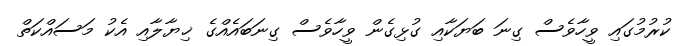
ކުރުމުގައި ވީހާވެސް ގިނަ ބަޔަކާއި ގުޅިގެން ވީހާވެސް ގިނަބައެއްގެ ޚިޔާލާއި އެކު މަސައްކަތް